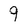
Character: 9